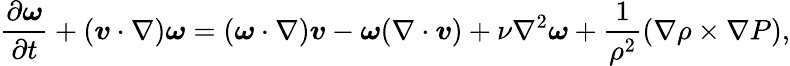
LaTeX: \frac{\partial\boldsymbol{\omega}}{\partial t}+(\boldsymbol{v}\cdot\nabla)\boldsymbol{\omega}=(\boldsymbol{\omega}\cdot\nabla)\boldsymbol{v}-\boldsymbol{\omega}(\nabla\cdot\boldsymbol{v})+\nu\nabla^{2}\boldsymbol{\omega}+\frac{1}{\rho^{2}}\left(\nabla\rho\times\nabla P\right),